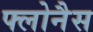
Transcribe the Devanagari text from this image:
फ्लोनैस